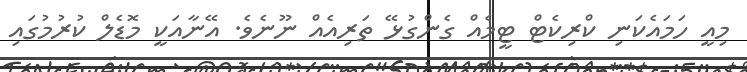
މިއީ ހަމައެކަަނި ކްރިކެޓް ޓީމެއް ގެންގުޅޭ ތަރިއެއް ނޫނެވެ. އޭނާއަކީ މޮޑެލް ކުރުމުގައި